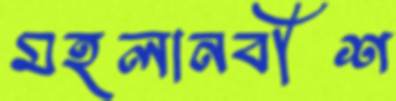
মহলানবীশ